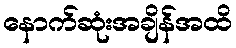
နောက်ဆုံးအချိန်အထိ